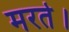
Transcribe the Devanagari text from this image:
मरते।